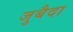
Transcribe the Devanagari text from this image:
जुबैदा